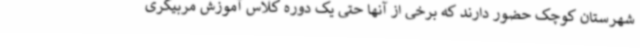
شهرستان کوچک حضور دارند که برخی از آنها حتی یک دوره کلاس آموزش مربیگری